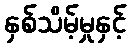
နှစ်သိမ့်မှုနှင့်